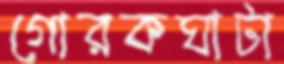
গোরকঘাটা